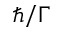
\hbar / \Gamma